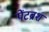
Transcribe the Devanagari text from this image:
पेंटब्रश